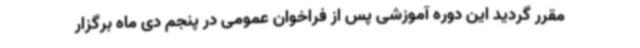
مقرر گردید این دوره آموزشی پس از فراخوان عمومی در پنجم دی ماه برگزار